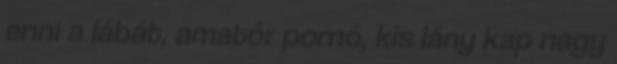
enni a lábát, amatőr pornó, kis lány kap nagy